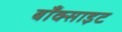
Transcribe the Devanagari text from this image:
बाँक्साइट